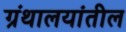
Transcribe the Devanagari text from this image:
ग्रंथालयांतील